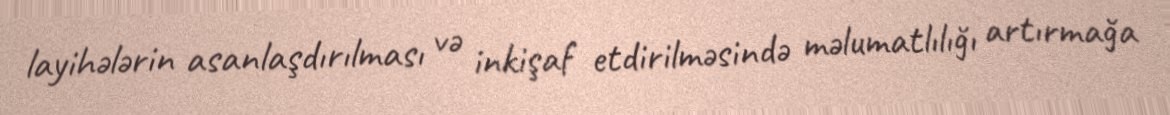
layihələrin asanlaşdırılması və inkişaf etdirilməsində məlumatlılığı artırmağa